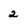
Character: 2